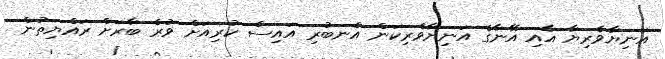
އަނިޔާވެރިޔާ އާއި އޭނާގެ އަނިޔާވެރިކަން އެނބުރި އައިސް ކުރިއަށް ވުރެ ބާރަށް ރައްޔިތުން